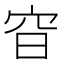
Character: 𡧼